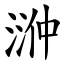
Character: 㴢